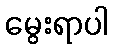
မွေးရာပါ